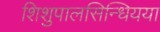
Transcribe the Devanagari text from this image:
शिशुपालसिन्धियया